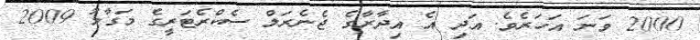
2000 ވަނަ އަހަރެވެ. އަދި އެ އިދާރާގެ ޖެނެރަލް ސެކްރެޓަރީގެ މަގާމު 2009